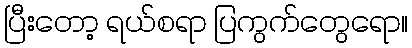
ပြီးတော့ ရယ်စရာ ပြကွက်တွေရော။